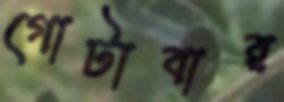
গোটাবার